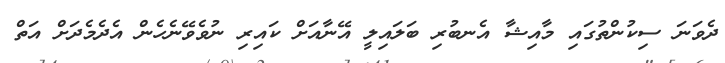
ދެވަނަ ސިކުންތުގައި މާއިޝާ އެނބުރި ބަލައިލީ އޭނާއަށް ކައިރި ނުވެވޭނެހެން އެދެމެދަށް އަތް